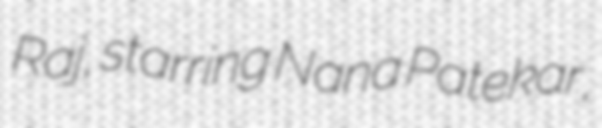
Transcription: Raj, starring Nana Patekar,